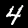
Digit: 4